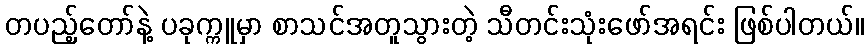
တပည့်တော်နဲ့ ပခုက္ကူမှာ စာသင်အတူသွားတဲ့ သီတင်းသုံးဖော်အရင်း ဖြစ်ပါတယ်။